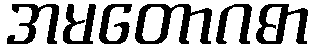
အမတောဂဓာ